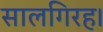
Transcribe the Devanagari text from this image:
सालगिरह।